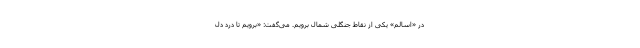
در «اسالم» یکی از نقاط جنگلی شمال برویم. می‌گفت: «برویم تا درد دل